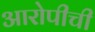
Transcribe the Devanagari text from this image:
आरोपीची